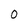
Character: 0